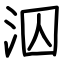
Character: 泅